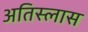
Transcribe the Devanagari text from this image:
अतिस्लास